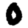
Digit: 0